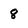
Character: 8